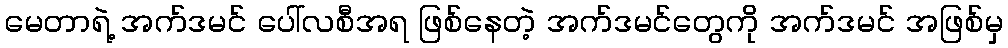
မေတာရဲ့ အက်ဒမင် ပေါ်လစီအရ ဖြစ်နေတဲ့ အက်ဒမင်တွေကို အက်ဒမင် အဖြစ်မှ